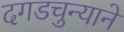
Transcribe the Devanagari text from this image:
दगडचुन्याने